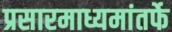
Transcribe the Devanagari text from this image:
प्रसारमाध्यमांतर्फे